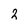
Character: 2